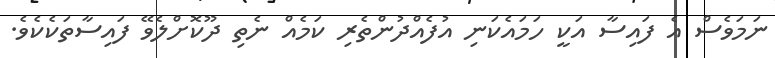
ނަމަވެސް އެ ފައިސާ އަކީ ހަމައެކަނި އުފެއްދުންތެރި ކަމެއް ނެތި ދޫކޮށްލެވޭ ފައިސާތަކެކެވެ.